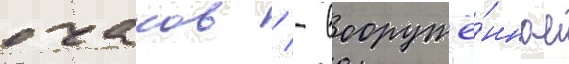
очаков / - вооружё́нное